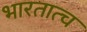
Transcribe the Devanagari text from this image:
भारतात्च